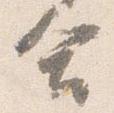
合